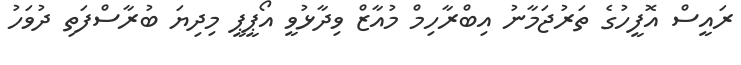
ރައީސް އޮފީހުގެ ތަރުޖަމާނު އިބްރާހިމް މުއާޒް ވިދާޅުވީ އޯޕީޕީ މިދިޔަ ބުރާސްފަތި ދުވަހު